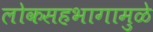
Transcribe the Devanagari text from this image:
लोकसहभागामुळे